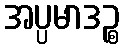
အပ္ပမာဒဉ္စ